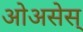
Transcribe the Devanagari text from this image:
ओअसेस्